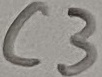
Text: C3